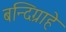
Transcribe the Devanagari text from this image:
बन्दिग्राहे